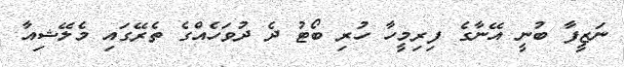
ނަޒީފާ ބުނީ އޭނާގެ ފިރިމީހާ ހުރި ބޯޓު ދެ ދުވަހެއްގެ ތެރޭގައި މެލޭޝިއާ